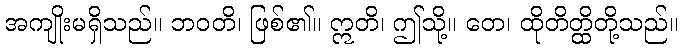
အကျိုးမရှိသည်။ ဘဝတိ၊ ဖြစ်၏။ ဣတိ၊ ဤသို့။ တေ၊ ထိုတိတ္ထိတို့သည်။